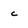
Character: c